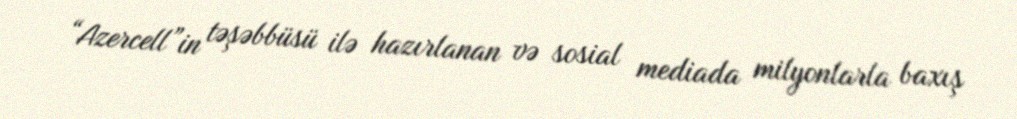
“Azercell”in təşəbbüsü ilə hazırlanan və sosial mediada milyonlarla baxış